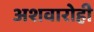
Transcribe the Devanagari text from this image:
अशवारोही